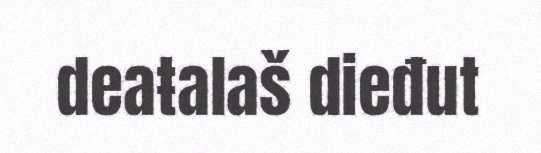
deaŧalaš dieđut